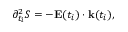
\partial _ { t _ { i } } ^ { 2 } S = - \mathbf { E } ( t _ { i } ) \cdot \mathbf { k } ( t _ { i } ) ,